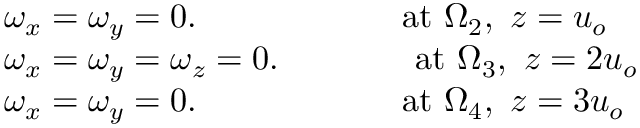
\begin{array} { r l } & { \omega _ { x } = \omega _ { y } = 0 . \qquad \qquad \qquad \mathrm { a t } ~ \Omega _ { 2 } , \mathrm { ~ } z = u _ { o } } \\ & { \omega _ { x } = \omega _ { y } = \omega _ { z } = 0 . \qquad \qquad \mathrm { a t } ~ \Omega _ { 3 } , \mathrm { ~ } z = 2 u _ { o } } \\ & { \omega _ { x } = \omega _ { y } = 0 . \qquad \qquad \qquad \mathrm { a t } ~ \Omega _ { 4 } , \mathrm { ~ } z = 3 u _ { o } } \end{array}